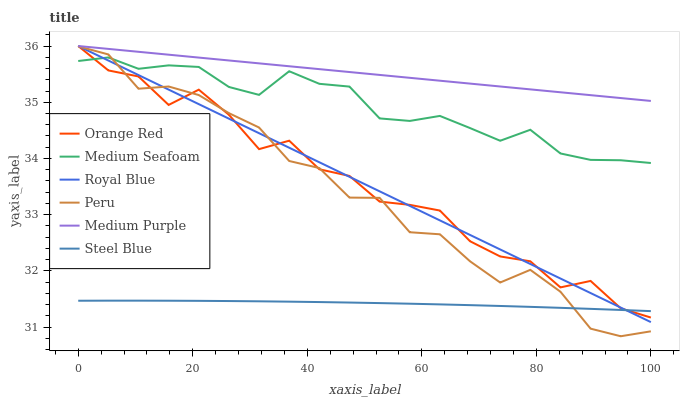
| xaxis_label | Orange Red | Medium Seafoam | Royal Blue | Peru | Medium Purple | Steel Blue |
 | --- | --- | --- | --- | --- | --- | --- |
 | 0 | 36 | 35.7 | 36 | 36 | 36 | 31.5 |
 | 5.26 | 35.6 | 35.8 | 35.7 | 35.9 | 35.9 | 31.5 |
 | 10.5 | 35.5 | 35.6 | 35.5 | 35.2 | 35.9 | 31.5 |
 | 15.8 | 35 | 35.7 | 35.2 | 35.3 | 35.8 | 31.5 |
 | 21.1 | 35.2 | 35.6 | 35 | 35.1 | 35.8 | 31.5 |
 | 26.3 | 34.8 | 35.3 | 34.7 | 34.8 | 35.7 | 31.5 |
 | 31.6 | 34.2 | 35.1 | 34.4 | 34.6 | 35.7 | 31.5 |
 | 36.8 | 34.3 | 35.6 | 34.2 | 34 | 35.6 | 31.5 |
 | 42.1 | 33.8 | 35.3 | 33.9 | 33.8 | 35.6 | 31.4 |
 | 47.4 | 33.7 | 35.3 | 33.7 | 33.3 | 35.5 | 31.4 |
 | 52.6 | 33.2 | 34.7 | 33.4 | 33.3 | 35.5 | 31.4 |
 | 57.9 | 33.2 | 34.7 | 33.2 | 32.7 | 35.4 | 31.4 |
 | 63.2 | 33.1 | 34.8 | 32.9 | 32.7 | 35.4 | 31.4 |
 | 68.4 | 32.5 | 34.5 | 32.6 | 32.2 | 35.3 | 31.4 |
 | 73.7 | 32.3 | 34.3 | 32.4 | 31.8 | 35.3 | 31.4 |
 | 78.9 | 32.2 | 34.5 | 32.1 | 32 | 35.2 | 31.4 |
 | 84.2 | 31.7 | 34.1 | 31.9 | 31.6 | 35.2 | 31.3 |
 | 89.5 | 31.8 | 34 | 31.6 | 31 | 35.1 | 31.3 |
 | 94.7 | 31.3 | 34 | 31.3 | 30.8 | 35.1 | 31.3 |
 | 100 | 31.2 | 33.9 | 31.1 | 30.9 | 35 | 31.3 |